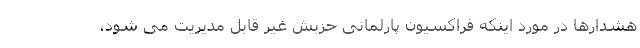
هشدارها در مورد اینکه فراکسیون پارلمانی حزبش غیر قابل مدیریت می شود،